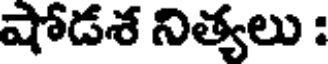
షోడశ నిత్యలు :